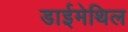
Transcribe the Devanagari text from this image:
डाईमेथिल